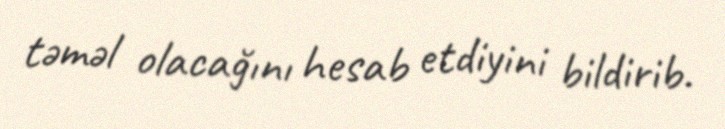
təməl olacağını hesab etdiyini bildirib.